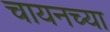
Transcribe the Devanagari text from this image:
चायनच्या